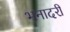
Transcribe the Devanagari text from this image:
भनादरी